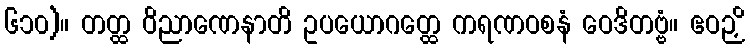
၆၁၀)။ တတ္ထ ဝိညာဏေနာတိ ဥပယောဂတ္ထေ ကရဏဝစနံ ဝေဒိတဗ္ဗံ။ ဧဝဉှိ